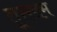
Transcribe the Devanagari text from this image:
तूरख़म